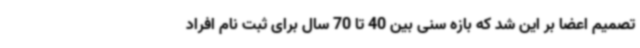
تصمیم اعضا بر این شد که بازه سنی بین 40 تا 70 سال برای ثبت‌ نام افراد